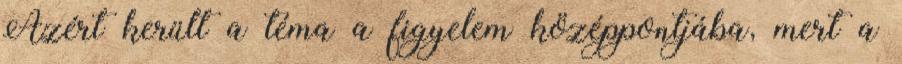
Azért került a téma a figyelem középpontjába, mert a